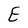
Character: E